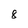
Character: 8